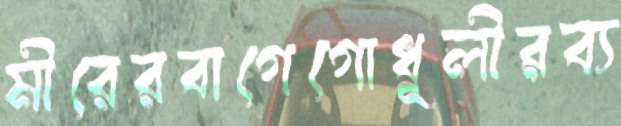
মীরেরবাগেগোধূলীরব্য